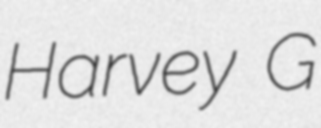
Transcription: Harvey G